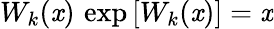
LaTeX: W_{k}(\mathit{x})\, \exp\left[W_{k}(\mathit{x})\right]=\mathit{x}